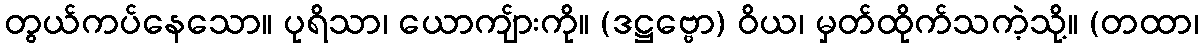
တွယ်ကပ်နေသော။ ပုရိသာ၊ ယောကျ်ားကို။ (ဒဋ္ဌဗ္ဗော) ဝိယ၊ မှတ်ထိုက်သကဲ့သို့။ (တထာ၊